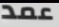
عمد